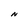
Character: N